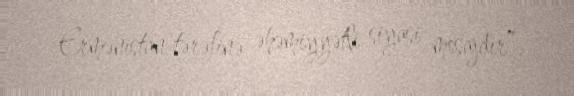
Ermənistan tərəfinə əhəmiyyətli siyasi mesajdır”.